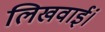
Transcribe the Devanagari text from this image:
लिखवाईं।